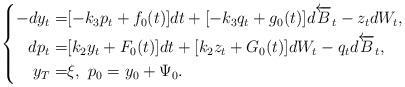
LaTeX: \begin{align*}\left\{\begin{aligned}-dy_t=&[-k_3p_t+f_0(t)]dt+[-k_3q_t+g_0(t)]d\overleftarrow B_t-z_tdW_t,\\dp_t=&[k_2y_t+F_0(t)]dt+[k_2z_t+G_0(t)]dW_t-q_td\overleftarrow B_t,\\y_T=&\xi,\,\,p_0=y_0+\Psi_0.\end{aligned}\right.\end{align*}